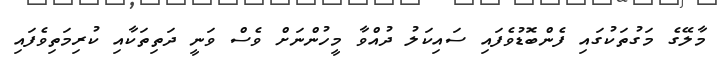
މާލޭގެ މަގުތަކުގައި ފެންބޮޑުވެފައި ސައިކަލު ދުއްވާ މީހުންނަށް ވެސް ވަނީ ދަތިތަކާއި ކުރިމަތިވެފައި